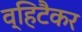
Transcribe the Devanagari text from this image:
व्हिटैकर